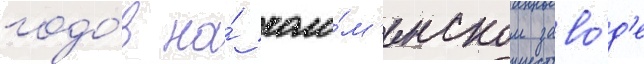
годо́в на́ коло́м'енском заво́д'е